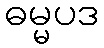
ဓမ္မပဒ